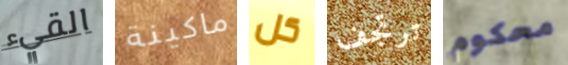
القيء ماكينة كل ترتجف محكوم